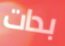
بدات